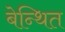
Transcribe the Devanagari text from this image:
बेन्थित